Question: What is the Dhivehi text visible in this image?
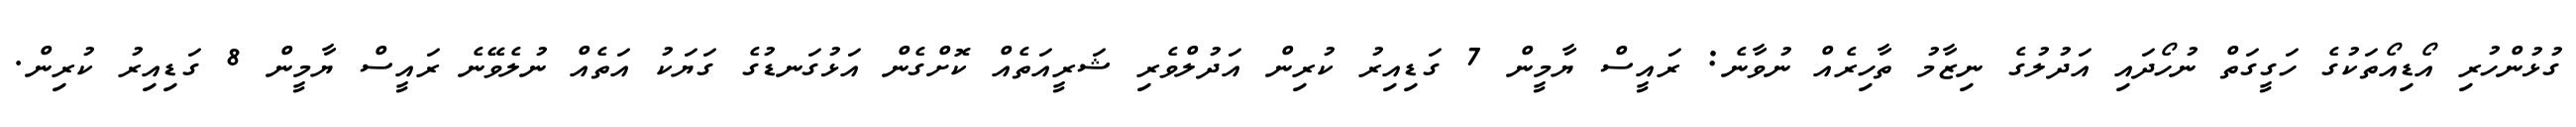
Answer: ގުޅުންހުރި އޯޑިއޯތަކުގެ ހަގީގަތް ނުހޯދައި އަދުލުގެ ނިޒާމު ތާހިރެއް ނުވާނެ: ރައީސް ޔާމީން 7 ގަޑިއިރު ކުރިން އަދުލްވެރި ޝަރީއަތެއް ކޮށްގެން އަޅުގަނޑުގެ ގަޔަކު އަތެއް ނުލެވޭނެ ރައީސް ޔާމީން 8 ގަޑިއިރު ކުރިން.